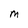
Character: M